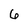
Character: 6